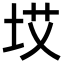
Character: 㘷